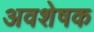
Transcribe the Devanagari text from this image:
अवशेषक